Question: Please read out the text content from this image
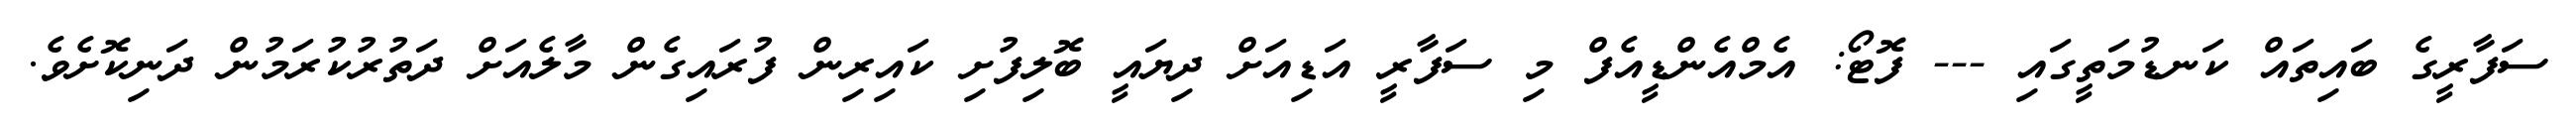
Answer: ސަފާރީގެ ބައިތައް ކަނޑުމަތީގައި --- ފޮޓޯ: އެމްއެންޑީއެފް މި ސަފާރީ އަޑިއަށް ދިޔައީ ބޮލިފުށި ކައިރިން ފުރައިގެން މާލެއަށް ދަތުރުކުރަމުން ދަނިކޮށެވެ.